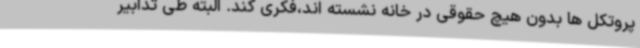
پروتکل ها بدون هیچ حقوقی در خانه نشسته اند،فکری کند. البته طی تدابیر